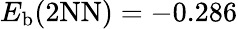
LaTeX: E_{\mathrm{b}}(\mathrm{{2NN})=-0.286}